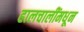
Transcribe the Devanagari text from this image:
हालचालींमधून